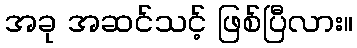
အခု အဆင်သင့် ဖြစ်ပြီလား။